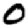
Digit: 0